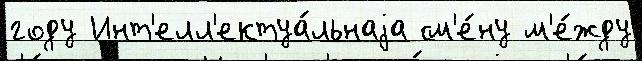
году Инт'елл'ектуа́льнаjа см'е́ну м'е́жду